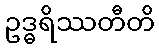
ဥဒ္ဓရိဿတီတိ